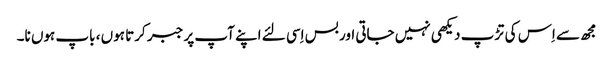
مجھ سے اِس کی تڑپ دیکھی نہیں جاتی اور بس اِسی لئے اپنے آپ پر جبر کرتا ہوں ، باپ ہوں نا۔